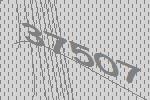
37507